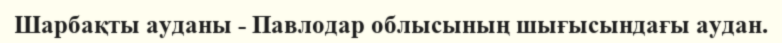
Шарбақты ауданы - Павлодар облысының шығысындағы аудан.